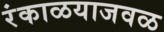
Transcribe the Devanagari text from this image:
रंकाळयाजवळ